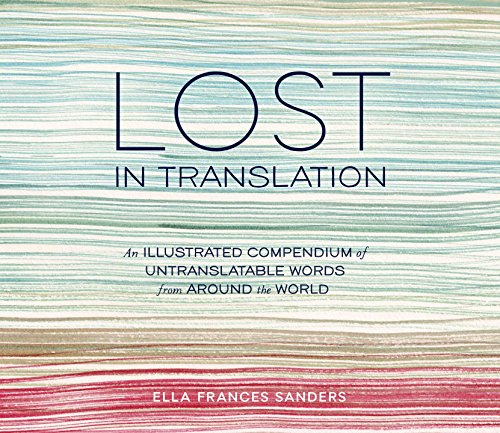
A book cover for Lost in Translation: An Illustrated Compendium of Untranslatable Words from Around the World; Ella Frances Sanders; Humor & Entertainment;